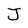
Character: J